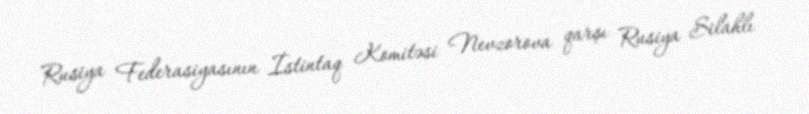
Rusiya Federasiyasının İstintaq Komitəsi Nevzorova qarşı Rusiya Silahlı